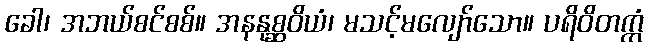
ခေါ၊ အဘယ်စင်စစ်။ အနနုစ္ဆဝိယံ၊ မသင့်မလျော်သော။ ပရိဝိတက္ကံ